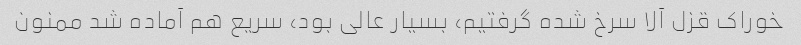
خوراک قزل آلا سرخ شده گرفتیم، بسیار عالی بود، سریع هم آماده شد ممنون